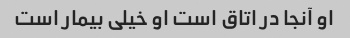
او آنجا در اتاق است او خیلی بیمار است